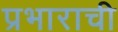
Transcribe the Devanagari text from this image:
प्रभाराची